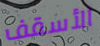
الأسقف